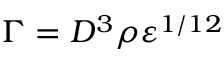
\Gamma = D ^ { 3 } \rho \varepsilon ^ { 1 / 1 2 }